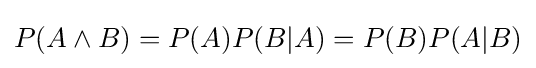
P(A\land B)=P(A)P(B|A)=P(B)P(A|B)